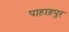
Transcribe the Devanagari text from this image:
पाहाड़पुर